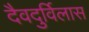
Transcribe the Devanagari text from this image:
दैवदुर्विलास